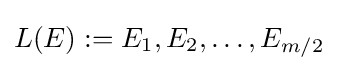
L(E):={E_{1},E_{2},\dots ,E_{m/2}}